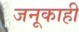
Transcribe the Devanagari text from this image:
जनूकाही